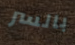
بالسر